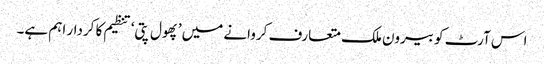
اس آرٹ کو بیرون ملک متعارف کروانے میں ’پھول پتی‘ تنظیم کا کردار اہم ہے۔